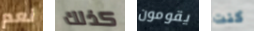
نعم كذلك يقومون كنت